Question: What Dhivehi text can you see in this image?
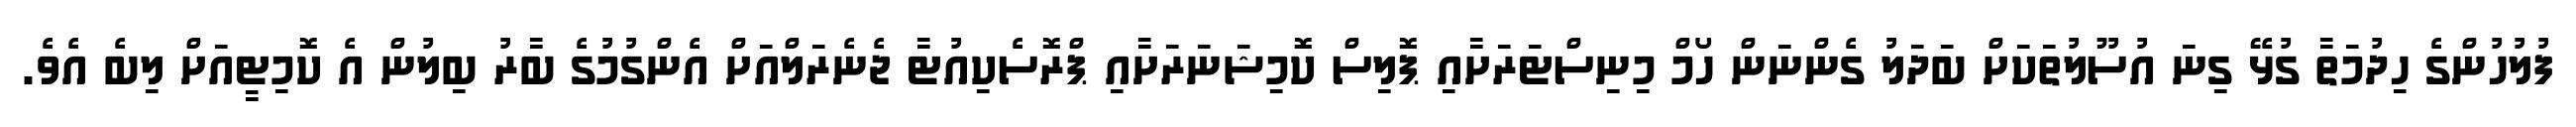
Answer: ފުލުހުންގެ ހިދުމަތާ ގުޅޭ ގިނަ އުސޫލުތަކަށް ބަދަލު ގެންނަން ހޯމް މިނިސްޓަރަށާއި ޕޮލިސް ކޮމިޝަނަރަށާއި ޕްރޮސެކިއުޓާ ޖެނެރަލްއަށް އެންގުމުގެ ބާރު ބިލުން އެ ކޮމިޓީއަށް ލިބެ އެވެ.